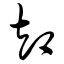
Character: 却